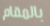
بالمقام